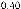
0.40